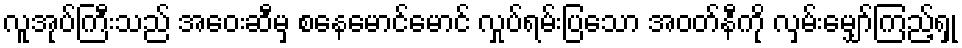
လူအုပ်ကြီးသည် အဝေးဆီမှ စနေမောင်မောင် လှုပ်ရမ်းပြသော အဝတ်နီကို လှမ်းမျှော်ကြည့်ရှု